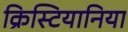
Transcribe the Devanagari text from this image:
क्रिस्टियानिया